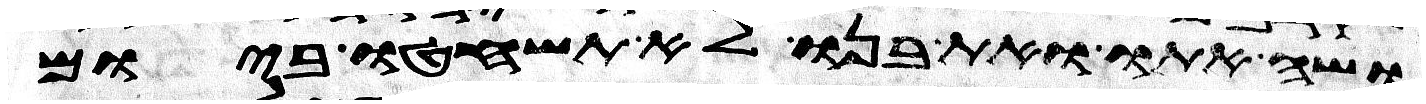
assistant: ושה אתו ואת בנו לא תשחטו ביום